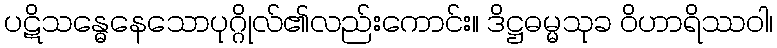
ပဋိသန္ဓေနေသောပုဂ္ဂိုလ်၏လည်းကောင်း။ ဒိဋ္ဌဓမ္မသုခ ဝိဟာရိဿဝါ၊